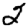
Digit: 2